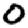
Digit: 0